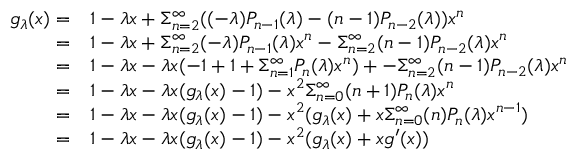
\begin{array} { r l } { g _ { \lambda } ( x ) = } & { 1 - \lambda x + \Sigma _ { n = 2 } ^ { \infty } ( ( - \lambda ) P _ { n - 1 } ( \lambda ) - ( n - 1 ) P _ { n - 2 } ( \lambda ) ) x ^ { n } } \\ { = } & { 1 - \lambda x + \Sigma _ { n = 2 } ^ { \infty } ( - \lambda ) P _ { n - 1 } ( \lambda ) x ^ { n } - \Sigma _ { n = 2 } ^ { \infty } ( n - 1 ) P _ { n - 2 } ( \lambda ) x ^ { n } } \\ { = } & { 1 - \lambda x - \lambda x ( - 1 + 1 + \Sigma _ { n = 1 } ^ { \infty } P _ { n } ( \lambda ) x ^ { n } ) + - \Sigma _ { n = 2 } ^ { \infty } ( n - 1 ) P _ { n - 2 } ( \lambda ) x ^ { n } } \\ { = } & { 1 - \lambda x - \lambda x ( g _ { \lambda } ( x ) - 1 ) - x ^ { 2 } \Sigma _ { n = 0 } ^ { \infty } ( n + 1 ) P _ { n } ( \lambda ) x ^ { n } } \\ { = } & { 1 - \lambda x - \lambda x ( g _ { \lambda } ( x ) - 1 ) - x ^ { 2 } ( g _ { \lambda } ( x ) + x \Sigma _ { n = 0 } ^ { \infty } ( n ) P _ { n } ( \lambda ) x ^ { n - 1 } ) } \\ { = } & { 1 - \lambda x - \lambda x ( g _ { \lambda } ( x ) - 1 ) - x ^ { 2 } ( g _ { \lambda } ( x ) + x g ^ { \prime } ( x ) ) } \end{array}